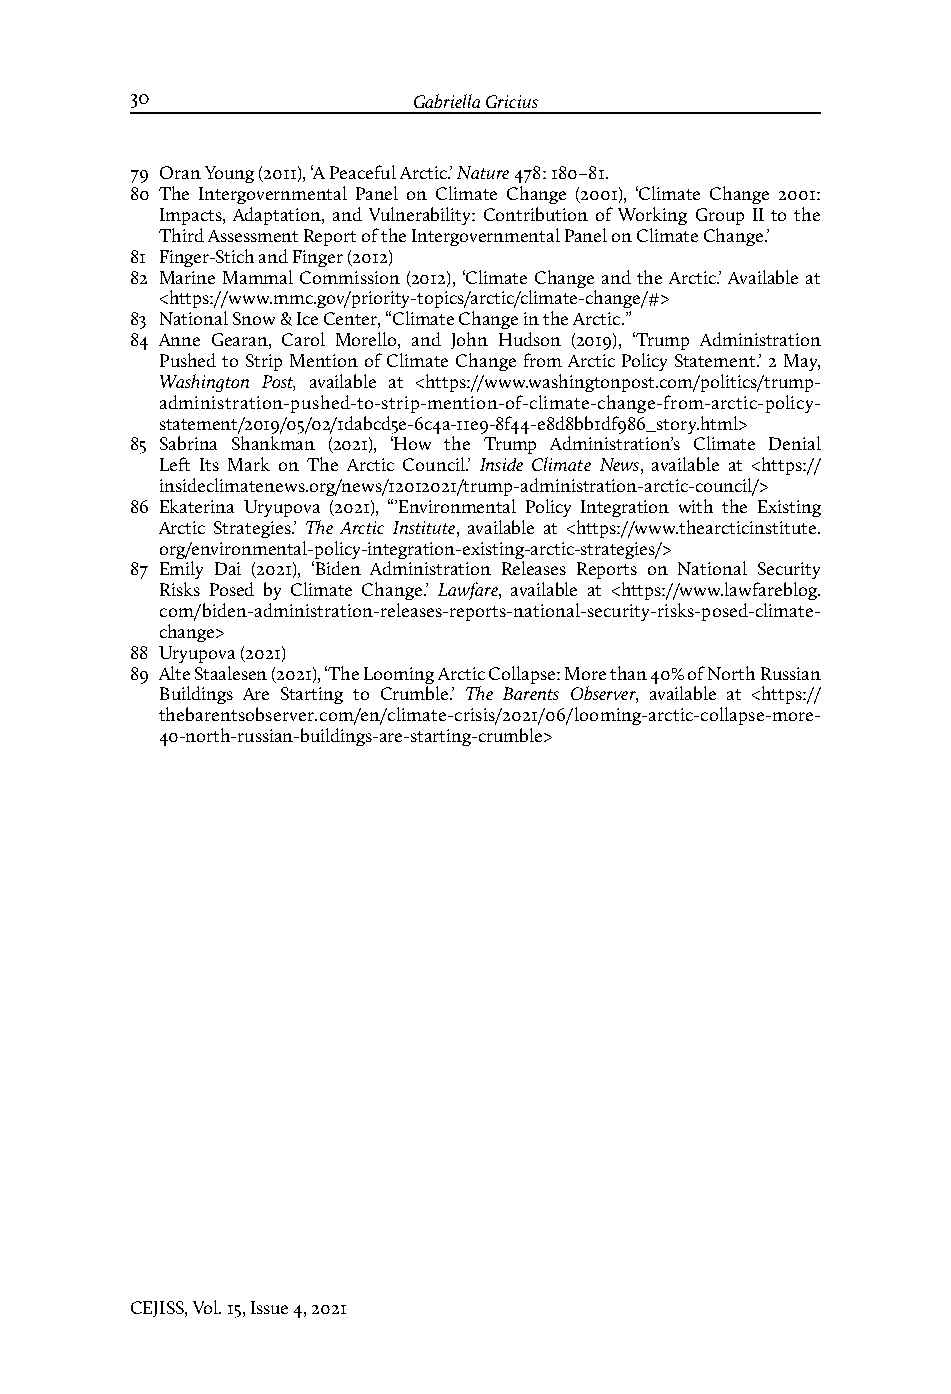
30                Gabriella Gricius
 79 Oran Young (2011), ‘A Peaceful Arctic.’ Nature 478: 180–81.
 80 The Intergovernmental Panel on Climate Change (2001), ‘Climate Change 2001:
 Impacts, Adaptation, and Vulnerability: Contribution of Working Group II to the
 Third Assessment Report of the Intergovernmental Panel on Climate Change.’
 81 Finger-Stich and Finger (2012)
 82 Marine Mammal Commission (2012), ‘Climate Change and the Arctic.’ Available at
 <https://www.mmc.gov/priority-topics/arctic/climate-change/#>
 83 National Snow & Ice Center, “Climate Change in the Arctic.”
 84 Anne Gearan, Carol Morello, and John Hudson (2019), ‘Trump Administration
 Pushed to Strip Mention of Climate Change from Arctic Policy Statement.’ 2 May,
 Washington Post, available at <https://www.washingtonpost.com/politics/trump-
 administration-pushed-to-strip-mention-of-climate-change-from-arctic-policy-
 statement/2019/05/02/1dabcd5e-6c4a-11e9-8f44-e8d8bb1df986_story.html>
 85 Sabrina Shankman (2021), ‘How the Trump Administration’s Climate Denial
 Left Its Mark on The Arctic Council.’ Inside Climate News, available at <https://
 insideclimatenews.org/news/12012021/trump-administration-arctic-council/>
 86 Ekaterina Uryupova (2021), “’Environmental Policy Integration with the Existing
 Arctic Strategies.’ The Arctic Institute, available at <https://www.thearcticinstitute.
 org/environmental-policy-integration-existing-arctic-strategies/>
 87 Emily Dai (2021), ‘Biden Administration Releases Reports on National Security
 Risks Posed by Climate Change.’ Lawfare, available at <https://www.lawfareblog.
 com/biden-administration-releases-reports-national-security-risks-posed-climate-
 change>
 88 Uryupova (2021)
 89 Alte Staalesen (2021), ‘The Looming Arctic Collapse: More than 40% of North Russian
 Buildings Are Starting to Crumble.’ The Barents Observer, available at <https://
 thebarentsobserver.com/en/climate-crisis/2021/06/looming-arctic-collapse-more-
 40-north-russian-buildings-are-starting-crumble>
 CEJISS, Vol. 15, Issue 4, 2021